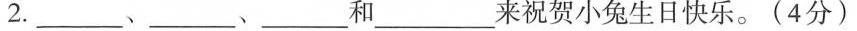
2.___、___、___和___来祝贺小兔生日快乐。(4分)